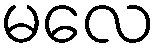
မလေ